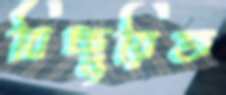
বিচ্ছুরিত